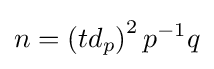
n=\left(td_{p}\right)^{2}p^{-1}q